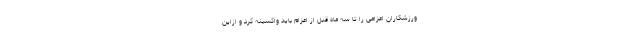
ورزشکاران اعزامی را تا سه ماه قبل از اعزام باید واکسینه کرد و ازاین